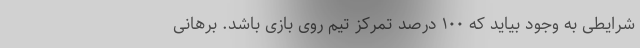
شرایطی به وجود بیاید که ۱۰۰ درصد تمرکز تیم روی بازی باشد. برهانی